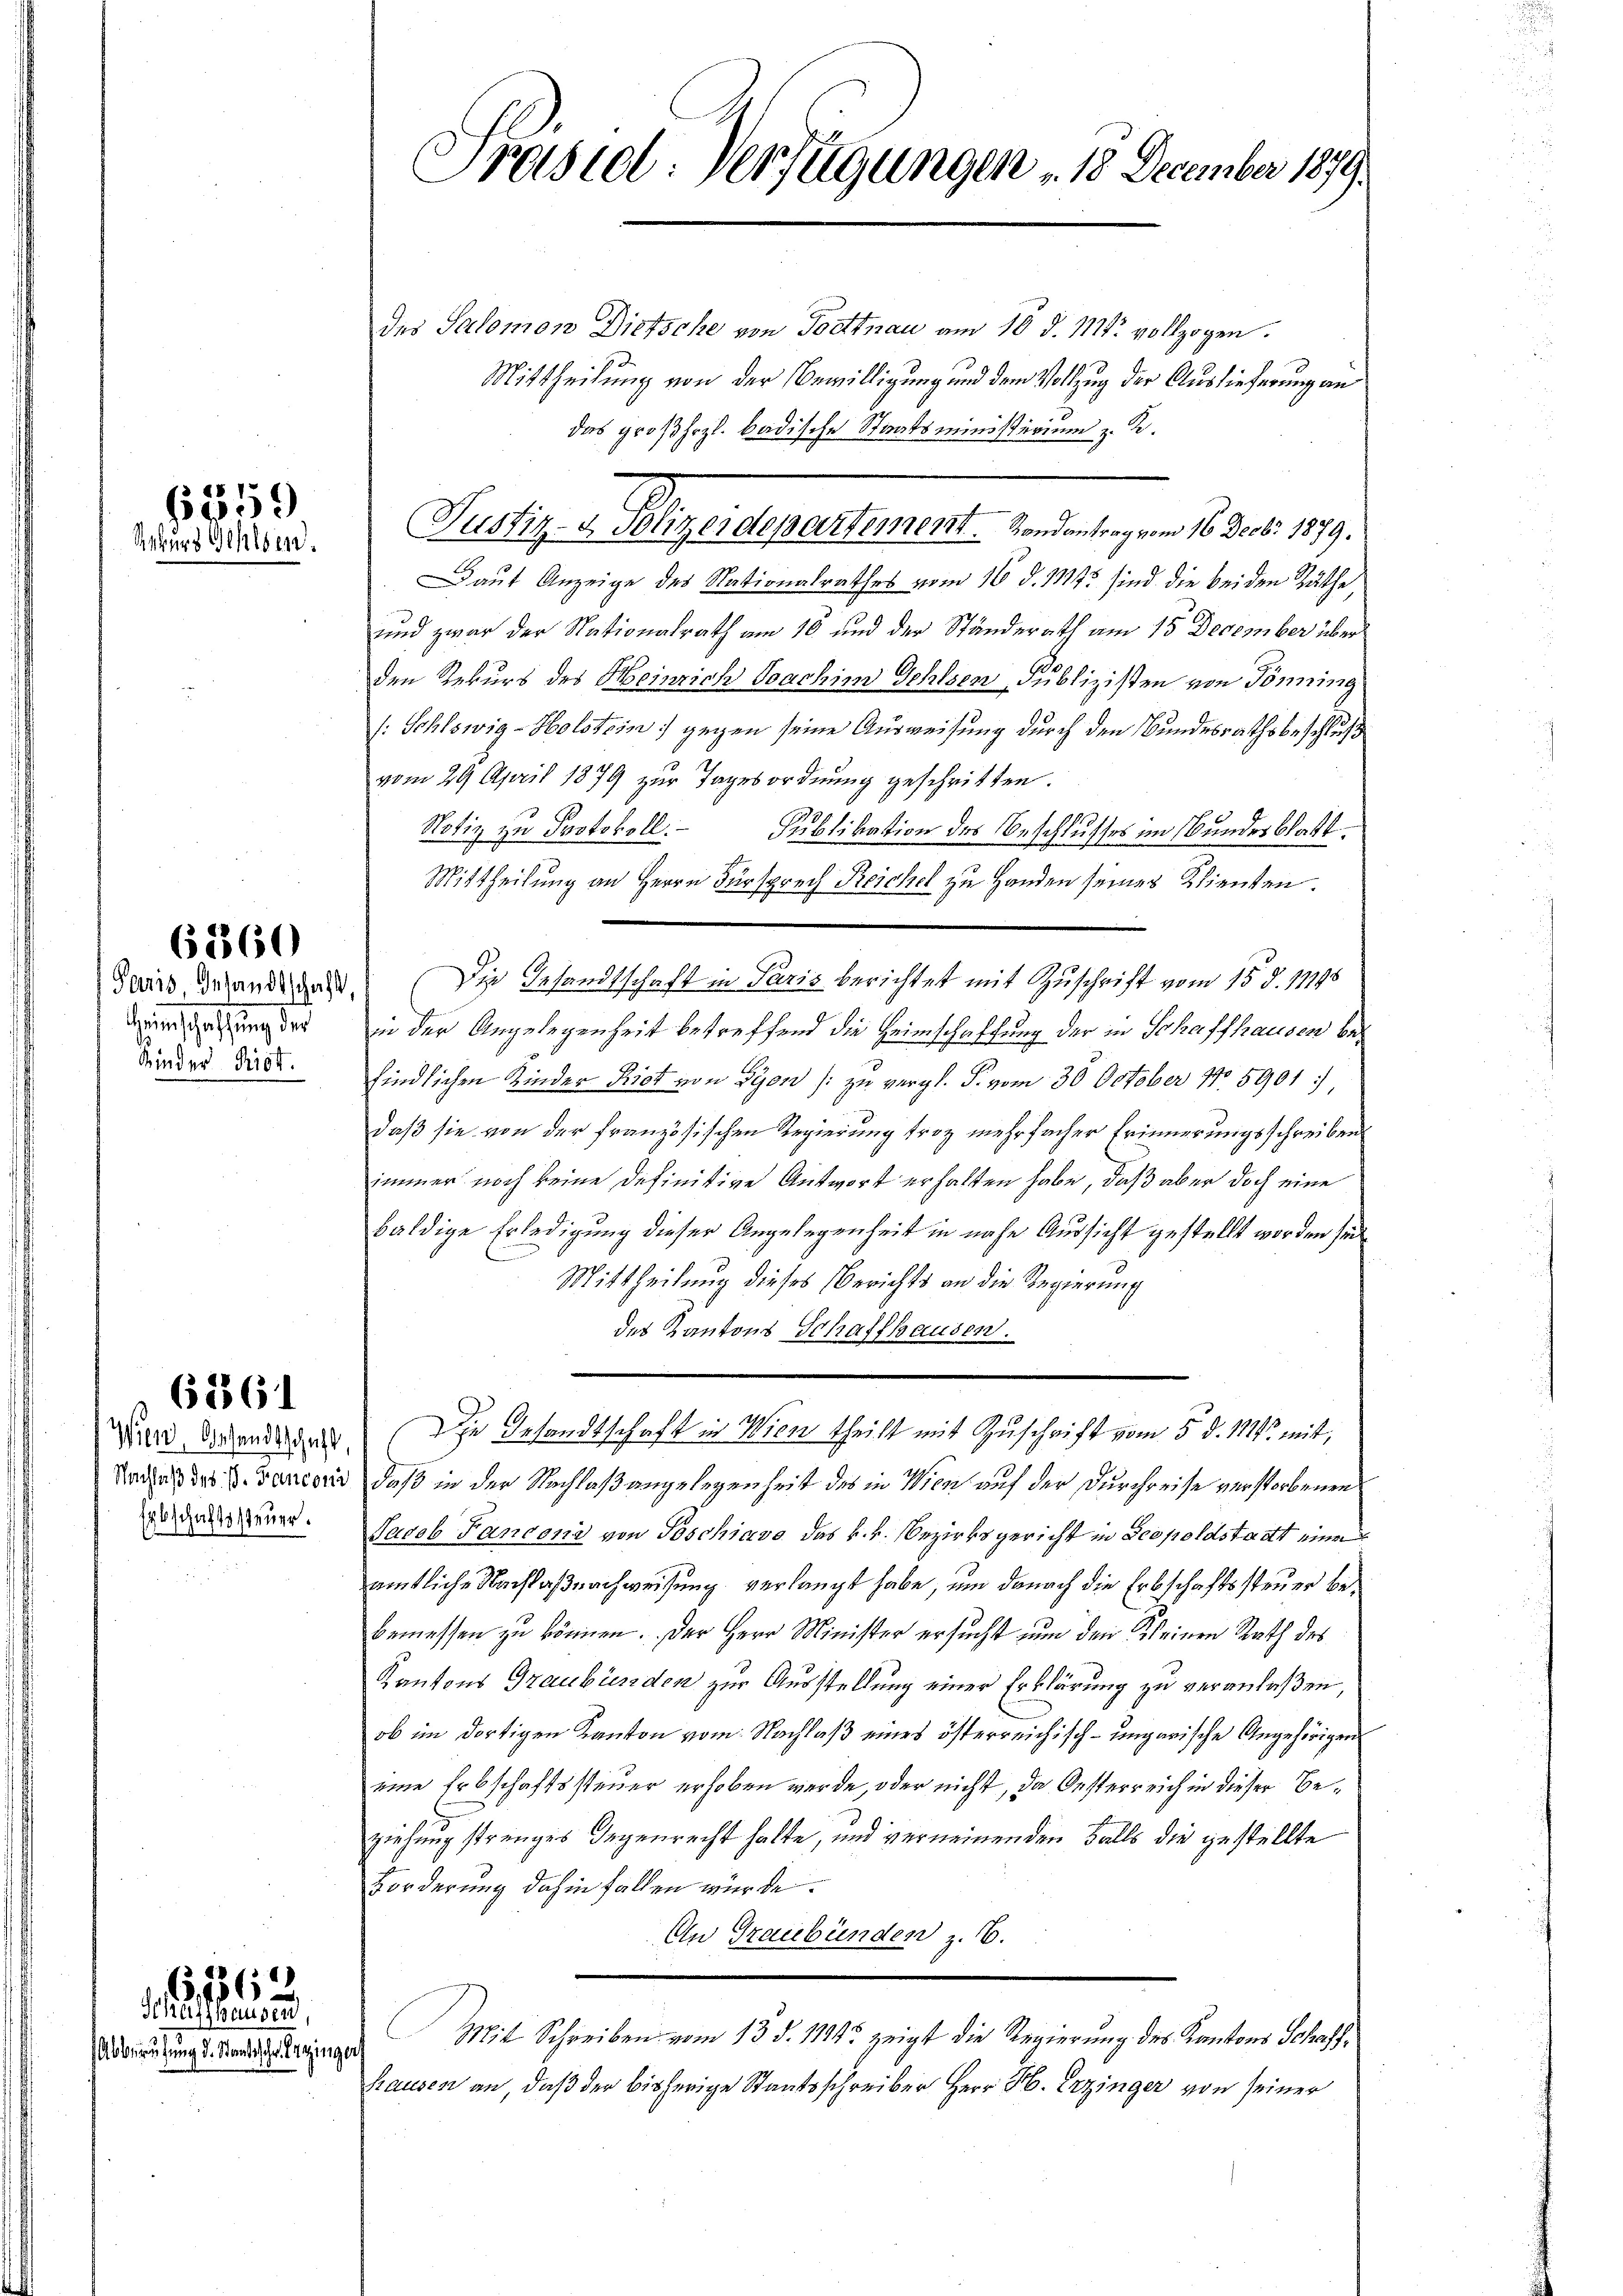
859
Rekurs Gehlsen.

Paris Gesandtschaft,
Grinschaffung der
Kinder Prof.

63360

übschaftssteuer.

61361

1)
186
Schaffhausen,
Abberufung d. Standschr. Er gingeh

Präsid. Verfügungen . 18 December 1879.

des Salomon Dietsche von Forttnau am 10. d. 1114. vollzogen.
Mittheilung von der Bewilligung und dem Vollzug der Auslieferung an
das großhozl. badische Staatsministerium z. R.
Justiz- & Kleidepartement von 18 J. 1879.
Daut Anzeige des Nationalrathes vom 16. d. 1912 sind die beiden Räthe,
und zwar der Nationalrath am 10 und der Ständerath am 15 December über
den Rekurs des Meinrich Joachim Gehlsen Publizisten von Tönning
(: Schlowig-Holstein) gegen seine Ausweisung durch den Bundesrathsbeschluß
vom 29. April 1879 zur Tagesordnung geschritten.
Notiz zu Protokoll.
Publikation des Beschlusses im Bundesblatt
Mittheilung an Herrn Fürsprech Reichel zu Handen seines Klienten.
Die Gesandtschaft in Paris berichtet mit Zuschrift vom 15. d. 11198
in der Angelegenheit betreffend die Heimschaffung der in Schaffhausen befindlichen Kinder Riet von Lyon /: zu vergl. S. vom 30. October No 5901:
daß sie von der französischen Regierung trotz mehrfacher Erinnerungsschreiben
immer noch keine definitive Antwort erhalten habe, daß aber doch eine
baldige Erledigung dieser Angelegenheit in nahe Aussicht gestellt worden sei
Mittheilung dieses Berichts an die Regierung
des Kantons Schaffhausen.
Wird Nothandesdits die Gesandtschaft in Wien theilt mit Zuschrift vom 5. d. 1844 mit,
Data des 8. Danierer, daß in der Nachlaßangelegenheit des in Wien auf der Durchreise verstorbenen
Sadeb Fanconi von Poschiavo das k.k. Bezirksgericht in Leopoldstadt eine
amtliche Nachlaßnachweisung verlangt habe, um danach die Erbschaftssteuer bebemessen zu können. Der Herr Minister ersucht nun den Kleinen Rath des
Kantons Graubünden zur Ausstellung einer Erklärung zu veranlaßen,
ob im dortigen Kanton vom Nachlaß eines österreichisch-ungarische Angehörigen
eine Erbschaftssteuer erhoben wurde, oder nicht, da Oesterreich in dieser Beziehung strenges Gegenrecht hatte, und verneinenden Falls die gestellte
Forderung dahin fallen würde.
An Graubünden z. B.
Mit Schreiben vom 13. d. 11145 zeigt die Regierung des Kantons Schaffhausen an, daß der bisherige Staatsschreiber Herr H. Erzinger von seiner